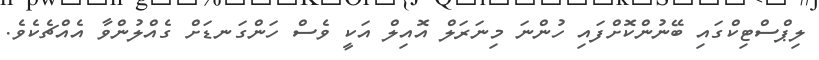
ލިޕްސްޓިކްގައި ބޭނުންކޮށްފައި ހުންނަ މިނަރަލް އޮއިލް އަކީ ވެސް ހަންގަނޑަށް ގެއްލުންވާ އެއްޗެކެވެ.